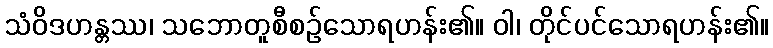
သံဝိဒဟန္တဿ၊ သဘောတူစီစဉ်သောရဟန်း၏။ ဝါ၊ တိုင်ပင်သောရဟန်း၏။